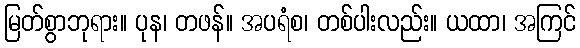
မြတ်စွာဘုရား။ ပုန၊ တဖန်။ အပရံစ၊ တစ်ပါးလည်း။ ယထာ၊ အကြင်